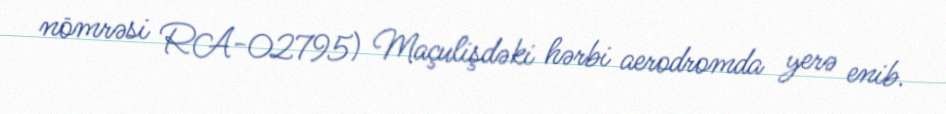
nömrəsi RA-02795) Maçulişdəki hərbi aerodromda yerə enib.